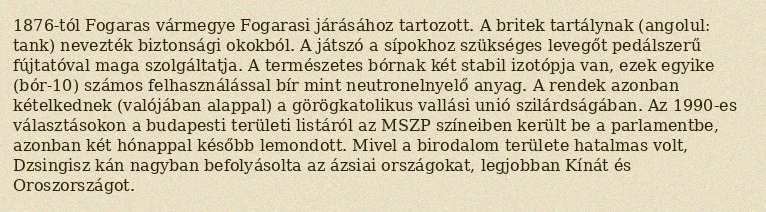
1876-tól Fogaras vármegye Fogarasi járásához tartozott. A britek tartálynak (angolul: tank) nevezték biztonsági okokból. A játszó a sípokhoz szükséges levegőt pedálszerű fújtatóval maga szolgáltatja. A természetes bórnak két stabil izotópja van, ezek egyike (bór-10) számos felhasználással bír mint neutronelnyelő anyag. A rendek azonban kételkednek (valójában alappal) a görögkatolikus vallási unió szilárdságában. Az 1990-es választásokon a budapesti területi listáról az MSZP színeiben került be a parlamentbe, azonban két hónappal később lemondott. Mivel a birodalom területe hatalmas volt, Dzsingisz kán nagyban befolyásolta az ázsiai országokat, legjobban Kínát és Oroszországot.